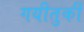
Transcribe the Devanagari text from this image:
गयीतुर्की